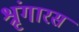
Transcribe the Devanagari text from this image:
श्रृंगारस